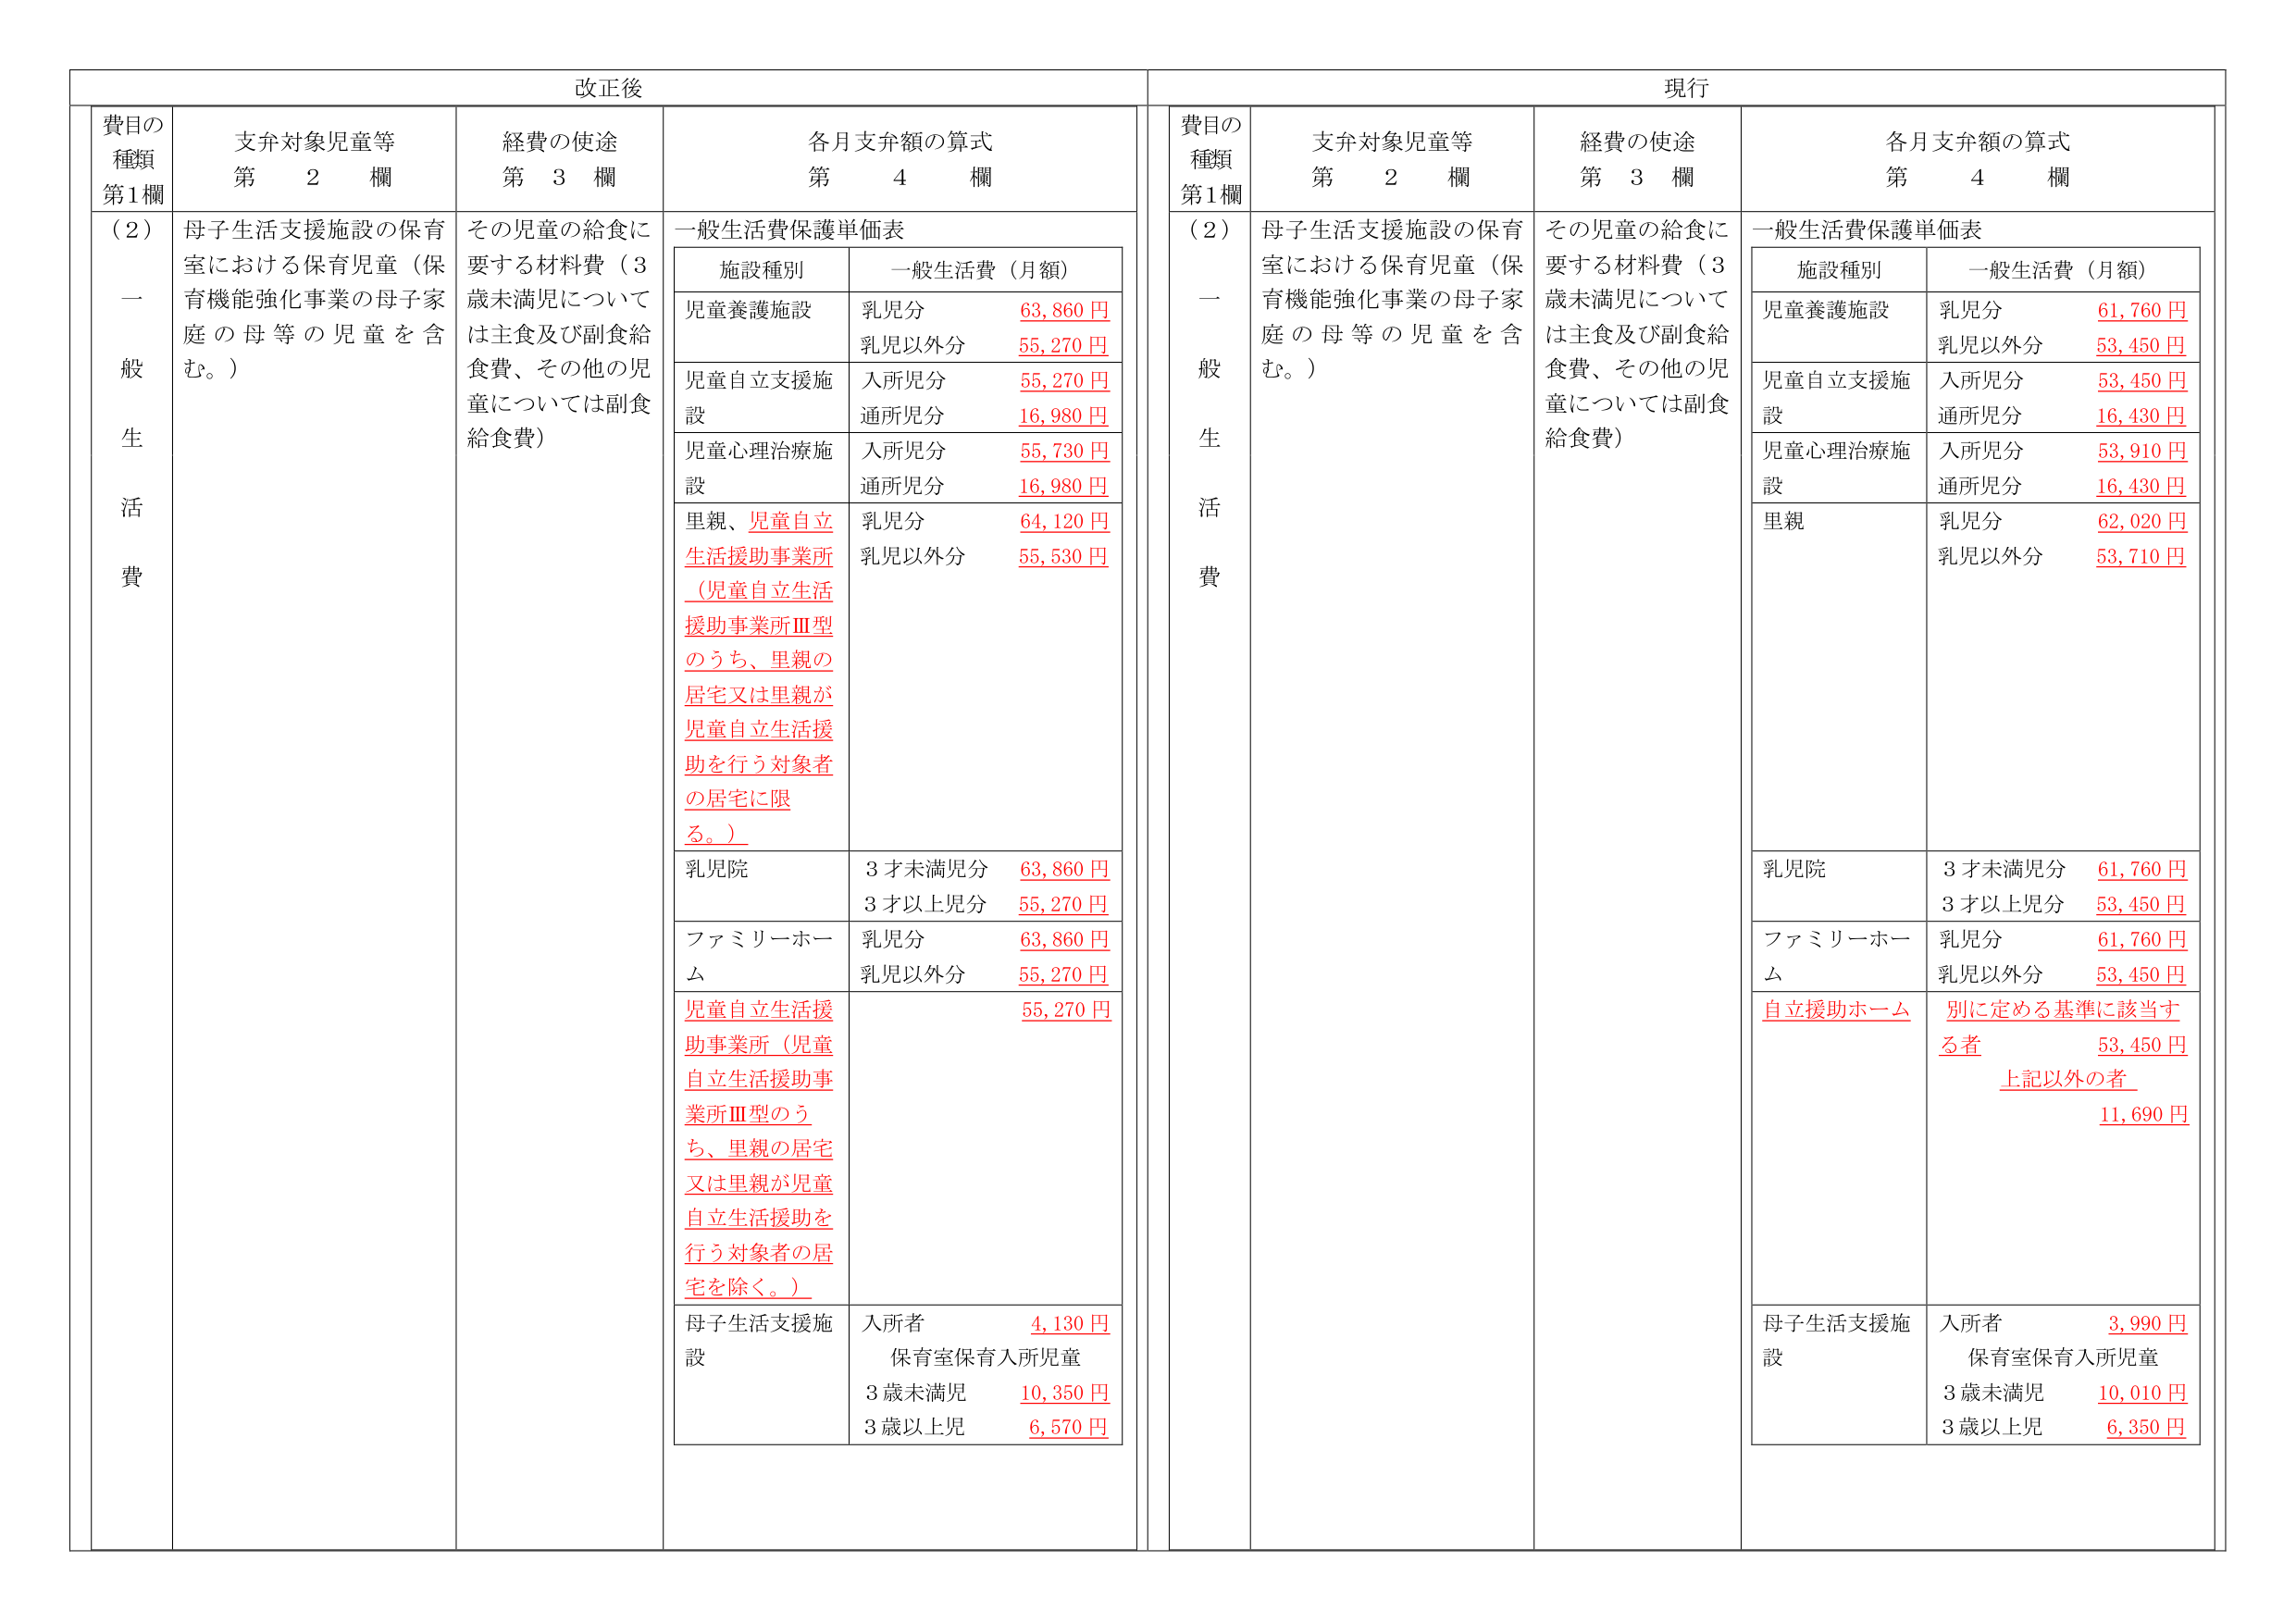
改正後

費目の種類
第1欄

支弁対象児童等
第 2 欄

経費の使途
第 3 欄

各月支弁額の算式
第 4 欄

（2）
一般生活費

母子生活支援施設の保育室における保育児童（保育機能強化事業の母子家庭の母等の児童を含む。）

その児童の給食に要する材料費（3歳未満児については主食及び副食給食費、その他の児童については副食給食費）

一般生活費保護単価表

施設種別
一般生活費（月額）

児童養護施設
乳児分 63,860 円
乳児以外分 55,270 円

児童自立支援施設
入所児分 55,270 円
通所児分 16,980 円

児童心理治療施設
入所児分 55,730 円
通所児分 16,980 円

里親、児童自立生活援助事業所（児童自立生活援助事業所Ⅲ型のうち、里親の居宅又は里親が児童自立生活援助を行う対象者の居宅に限る。）
乳児分 64,120 円
乳児以外分 55,530 円

乳児院
3才未満児分 63,860 円
3才以上児分 55,270 円

ファミリーホーム
乳児分 63,860 円
乳児以外分 55,270 円

児童自立生活援助事業所（児童自立生活援助事業所Ⅲ型のうち、里親の居宅又は里親が児童自立生活援助を行う対象者の居宅を除く。）
55,270 円

母子生活支援施設
入所者 4,130 円
保育室保育入所児童
3歳未満児 10,350 円
3歳以上児 6,570 円

現行

費目の種類
第1欄

支弁対象児童等
第 2 欄

経費の使途
第 3 欄

各月支弁額の算式
第 4 欄

（2）
一般生活費

母子生活支援施設の保育室における保育児童（保育機能強化事業の母子家庭の母等の児童を含む。）

その児童の給食に要する材料費（3歳未満児については主食及び副食給食費、その他の児童については副食給食費）

一般生活費保護単価表

施設種別
一般生活費（月額）

児童養護施設
乳児分 61,760 円
乳児以外分 53,450 円

児童自立支援施設
入所児分 53,450 円
通所児分 16,430 円

児童心理治療施設
入所児分 53,910 円
通所児分 16,430 円

里親
乳児分 62,020 円
乳児以外分 53,710 円

乳児院
3才未満児分 61,760 円
3才以上児分 53,450 円

ファミリーホーム
乳児分 61,760 円
乳児以外分 53,450 円

自立援助ホーム
別に定める基準に該当する者 53,450 円
上記以外の者 11,690 円

母子生活支援施設
入所者 3,990 円
保育室保育入所児童
3歳未満児 10,010 円
3歳以上児 6,350 円